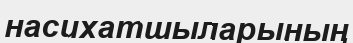
насихатшыларының